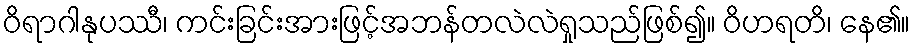
ဝိရာဂါနုပဿီ၊ ကင်းခြင်းအားဖြင့်အဘန်တလဲလဲရှုသည်ဖြစ်၍။ ဝိဟရတိ၊ နေ၏။